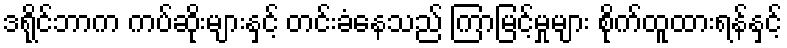
ဒရိုင်ဘာက ကပ်ဆိုးများနှင့် တင်းခံနေသည် ကြာမြင့်မှုများ စိုက်ထူထားရန်နှင့်